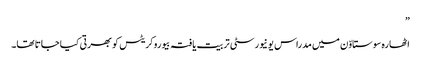
”
اٹھارہ سوستاوّن میں مدراس یونیورسٹی تربیت یافتہ بیوروکریٹس کو بھرتی کیا جاتا تھا۔